Document type: Inventory
Year: 1295
Scribe: Pere Marc
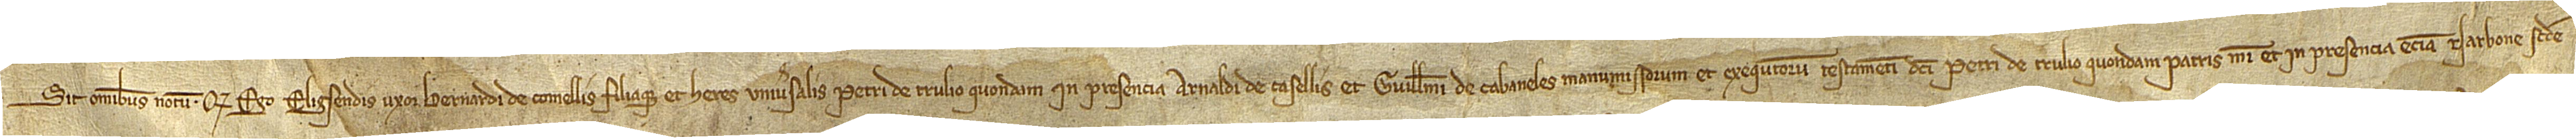
Sit omnibus notum quod ego Eligsendis, uxor Bernardi de Comellis filiaque et heres universalis Petri de Trulio, quondam, in presencia Arnaldi de Casellis et Guillelmi de Cabaneles, manumissorum testamenti dicti Petri de Trulio, quondam, patris mei, et in presencia etiam Narbone, secunde